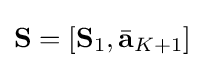
{\bf {S}}=[{\bf {S}}_{1},{\bar {\bf {a}}}_{K+1}]